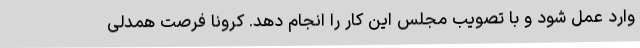
وارد عمل شود و با تصویب مجلس این کار را انجام دهد. کرونا فرصت همدلی